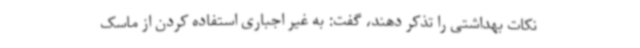
نکات بهداشتی را تذکر دهند، گفت: به غیر اجباری استفاده کردن از ماسک